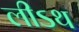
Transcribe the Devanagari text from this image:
लीऽथ